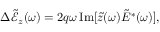
\Delta \tilde { \mathcal { E } } _ { z } ( \omega ) = 2 q \omega \, \mathrm { I m } [ \tilde { z } ( \omega ) \tilde { E } ^ { * } ( \omega ) ] ,